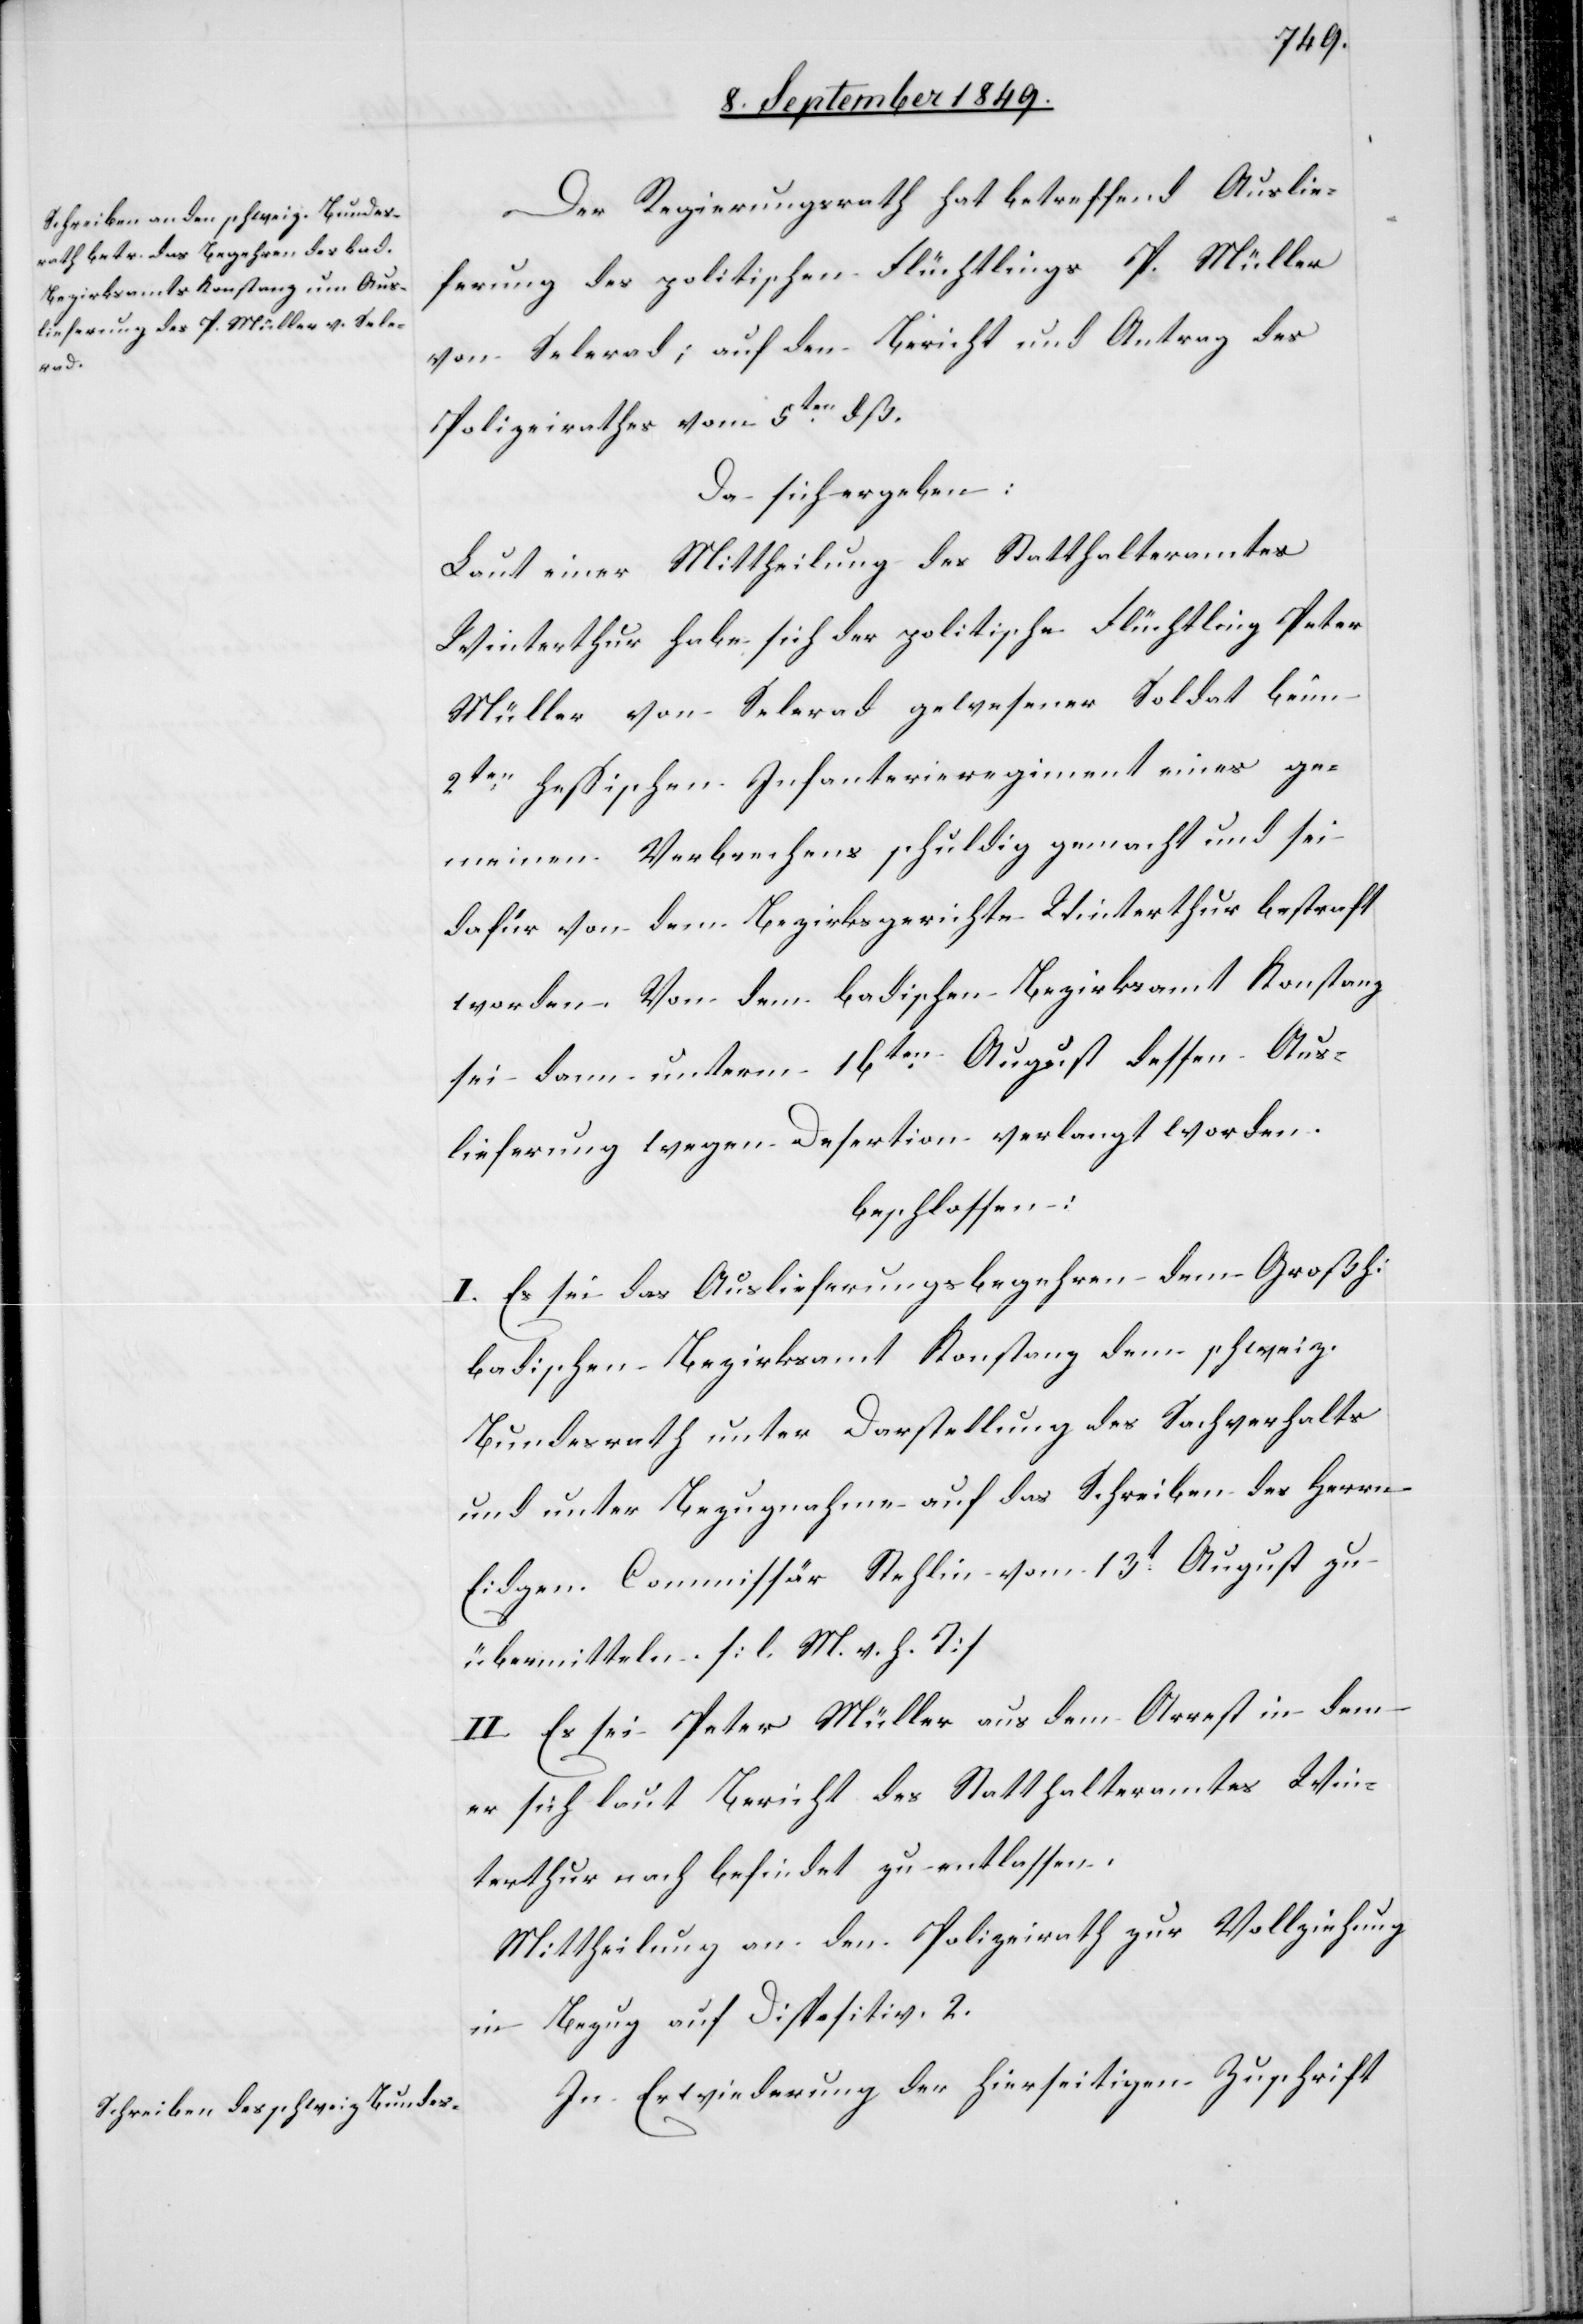
hur

Der Regierungsrath hat betreffend Auslie¬
ferung des politischen Flüchtlings P. Müller
von Selerad; auf den Bericht und Antrag des
Polizeirathes vom 5ten dß.
Da sich ergeben:
Laut einer Mittheilung des Statthalteramtes
Winterthur habe sich der politische Flüchtling Peter
Müller von Selerad gewesener Soldat beim
2ten hessischen Infanterieregiment eines ge¬
meinen Verbrechens schuldig gemacht und sei
dafür von dem Bezirksgerichte Winterthur bestraft
worden. Von dem badischen Bezirksamt Konstanz
sei dann unterm 16ten August dessen Aus¬
lieferung wegen Desertion verlangt worden.
beschlossen:
I. Es sei das Auslieferungsbegehren dem Großh:
badischen Bezirksamt Konstanz [und] dem schweiz.
Bundesrath unter Darstellung des Sachverhalts
und unter Bezugnahme auf das Schreiben des Herrn
Eidgen. Commissär Stehlin vom 13t August zu
übermitteln. [l. M. v. h. T]
II. Es sei Peter Müller aus dem Arrest in dem
er sich laut Bericht des Statthalteramtes Win¬
[recte: noch] befindet zu entlassen.
Mittheilung an den Polizeirath zur Vollziehung
in Bezug auf Dispositiv. 2.
In Erwiederung der hierseitigen Zuschrift